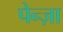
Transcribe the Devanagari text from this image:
पेन्ज़ा